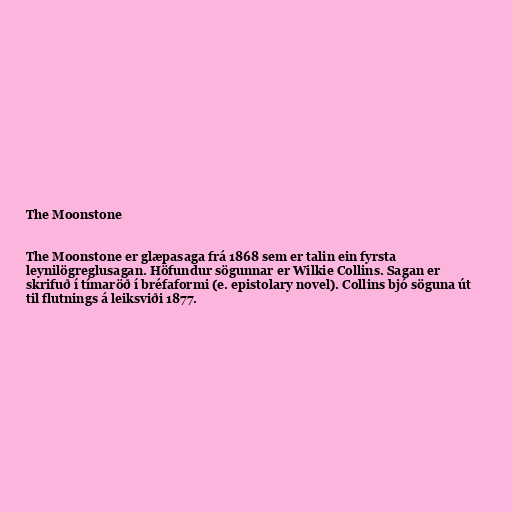
The Moonstone

The Moonstone er glæpasaga frá 1868 sem er talin ein fyrsta
leynilögreglusagan. Höfundur sögunnar er Wilkie Collins. Sagan er
skrifuð í tímaröð í bréfaformi (e. epistolary novel). Collins bjó söguna út
til flutnings á leiksviði 1877.